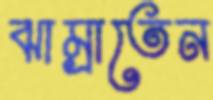
ঝাম্‌রাতেন